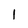
Character: 1